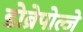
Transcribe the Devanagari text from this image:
डोब्रेपोल्जे